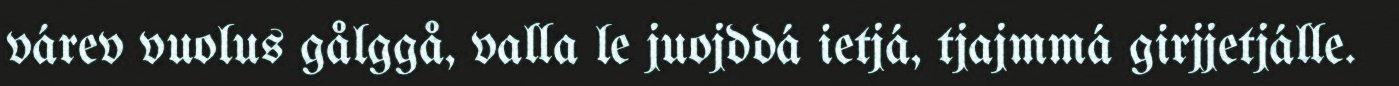
várev vuolus gålggå, valla le juojddá ietjá, tjajmmá girjjetjálle.